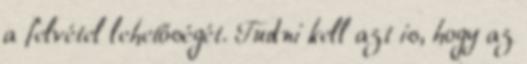
a felvétel lehetőségét. Tudni kell azt is, hogy az